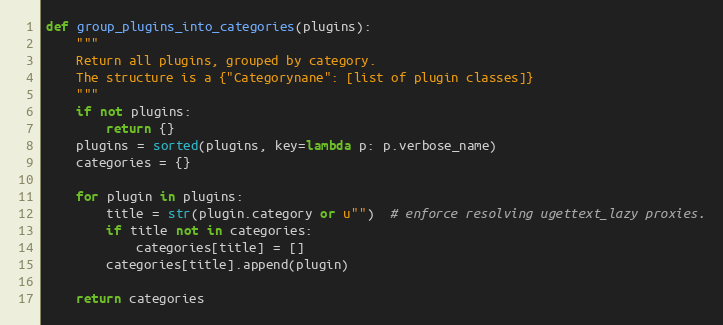
Language: Python
def group_plugins_into_categories(plugins):
    """
    Return all plugins, grouped by category.
    The structure is a {"Categorynane": [list of plugin classes]}
    """
    if not plugins:
        return {}
    plugins = sorted(plugins, key=lambda p: p.verbose_name)
    categories = {}

    for plugin in plugins:
        title = str(plugin.category or u"")  # enforce resolving ugettext_lazy proxies.
        if title not in categories:
            categories[title] = []
        categories[title].append(plugin)

    return categories